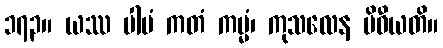
၁၇၃။ ယဿ ပါပံ ကတံ ကမ္မံ၊ ကုသလေန ပိဓီယတိ။